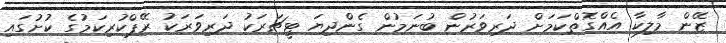
ޒޭން މާލިކާ އެއްގޮތްކަމަށް ދަރިވަރުން ބުނަމުން ގެންދިޔަ ޓީޗަރަކު ދަރިވަރަކު ރޭޕްކުރިކަމުގެ ކުށުގައި